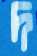
দ